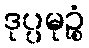
ဒုပ္ပမုဉ္စံ